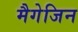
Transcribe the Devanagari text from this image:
मैगेजिन